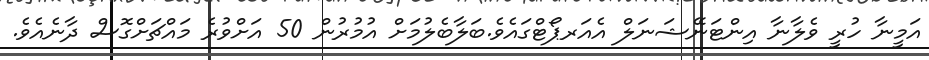
އަމީނާ ހުރީ ވެލާނާ އިންޓަނޭޝަނަލް އެއަރޕޯޓްގައެވެ.ބަލާބެލުމަށް އުމުރުން 50 އަށްވުރެ މައްޗަށްގޮސް ދާނެއެވެ.